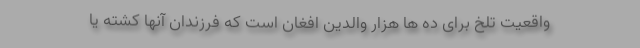
واقعیت تلخ برای ده ها هزار والدین افغان است که فرزندان آنها کشته یا